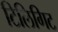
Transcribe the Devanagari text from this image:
टिलिगिट